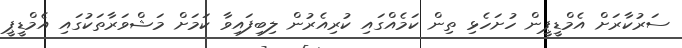
ސަރުކާރަށް އެމްޑީޕީން ހުށަހެޅި ތިން ކަމެއްގައި ކުރިއެރުން ލިބިފައިވާ ކަމަށް މަޝްވަރާތަކުގައި އެމްޑީޕީ